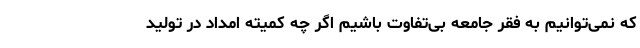
که نمی‌توانیم به فقر جامعه بی‌تفاوت باشیم اگر چه کمیته امداد در تولید